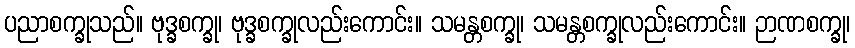
ပညာစက္ခုသည်။ ဗုဒ္ခစက္ခု၊ ဗုဒ္ခစက္ခုလည်းကောင်း။ သမန္တစက္ခု၊ သမန္တစက္ခုလည်းကောင်း။ ဉာဏစက္ခု၊